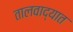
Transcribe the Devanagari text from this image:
तालवाद्यात